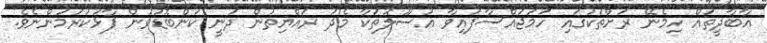
އާބާދީތައް ހިމެނޭ ރަށްތަކުގައި ހަމަޖައްސާފައިވާ އުސޫލުތަކާ މެދު ރައްޔިތުން ދަނީ ކަންބޮޑުވުން ފާޅުކުރަމުންނެވެ.